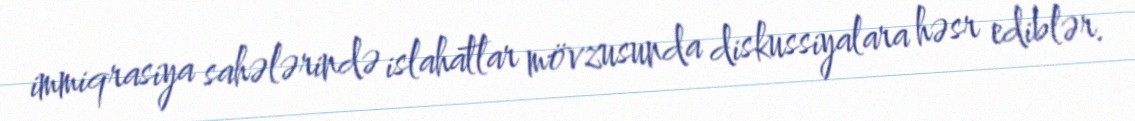
immiqrasiya sahələrində islahatlar mövzusunda diskussiyalara həsr ediblər.